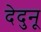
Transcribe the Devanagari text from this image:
देदुनू